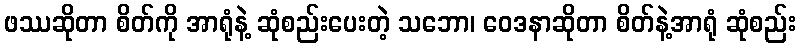
ဖဿဆိုတာ စိတ်ကို အာရုံနဲ့ ဆုံစည်းပေးတဲ့ သဘော၊ ဝေဒနာဆိုတာ စိတ်နဲ့အာရုံ ဆုံစည်း